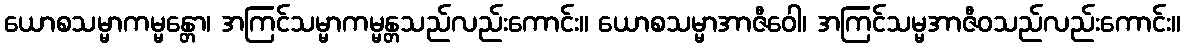
ယောစသမ္မာကမ္မန္တော၊ အကြင်သမ္မာကမ္မန္တသည်လည်းကောင်း။ ယောစသမ္မာအာဇီဝေါ၊ အကြင်သမ္မအာဇီဝသည်လည်းကောင်း။